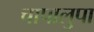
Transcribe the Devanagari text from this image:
चापालुपा